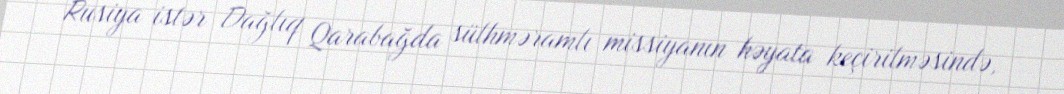
Rusiya istər Dağlıq Qarabağda sülhməramlı missiyanın həyata keçirilməsində,